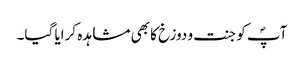
آپؐ کو جنت و دوزخ کا بھی مشاہدہ کرایا گیا۔